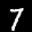
Label: 7